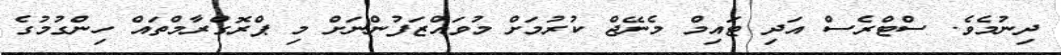
ދިނުމެވެ. ސްޓްރެސް އަދި ޓައިމް މެނޭޖް ކުރުމަށް މުވައްޒަފުންނަށް މި ޕްރޮގްރާމްތައް ހިންގުމުގެ